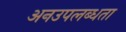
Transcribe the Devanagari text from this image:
अनउपलब्धता